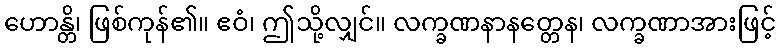
ဟောန္တိ၊ ဖြစ်ကုန်၏။ ဧဝံ၊ ဤသို့လျှင်။ လက္ခဏနာနတ္တေန၊ လက္ခဏာအားဖြင့်